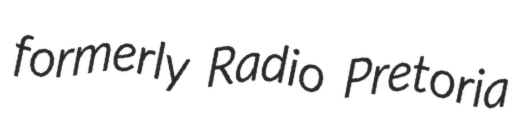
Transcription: formerly Radio Pretoria